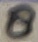
Text: 8